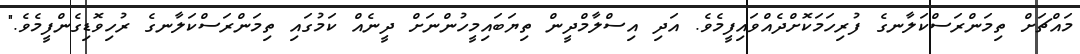
މައްޗަށް ތިމަންރަސްކަލާނގެ ފުރިހަމަކޮށްދެއްވައިފީމެވެ. އަދި އިސްލާމްދީން ތިޔަބައިމީހުންނަށް ދީނެއް ކަމުގައި ތިމަންރަސްކަލާނގެ ރުހިވޮޑިގެންފީމެވެ."